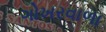
ગોખરવાળા